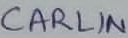
Text: CARLIN